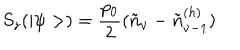
S _ { z } ( | \psi > ) = \frac { p _ { 0 } } { 2 } ( \tilde { n } _ { \nu } - \tilde { n } _ { \nu - 1 } ^ { ( h ) } )